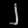
Digit: ၂